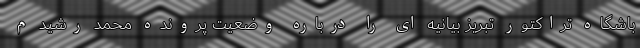
باشگاه تراکتور تبریز بیانیه ای را درباره وضعیت پرونده محمد رشید م